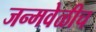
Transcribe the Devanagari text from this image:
जन्मवेळीच